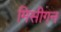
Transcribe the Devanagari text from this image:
मिसीगन